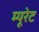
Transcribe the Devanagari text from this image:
म्यूरेट